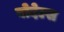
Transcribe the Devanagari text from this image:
बोदेल्स